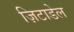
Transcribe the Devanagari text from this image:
ज़िटाडेल